Scottish Leaving Certificate Examination, 1959
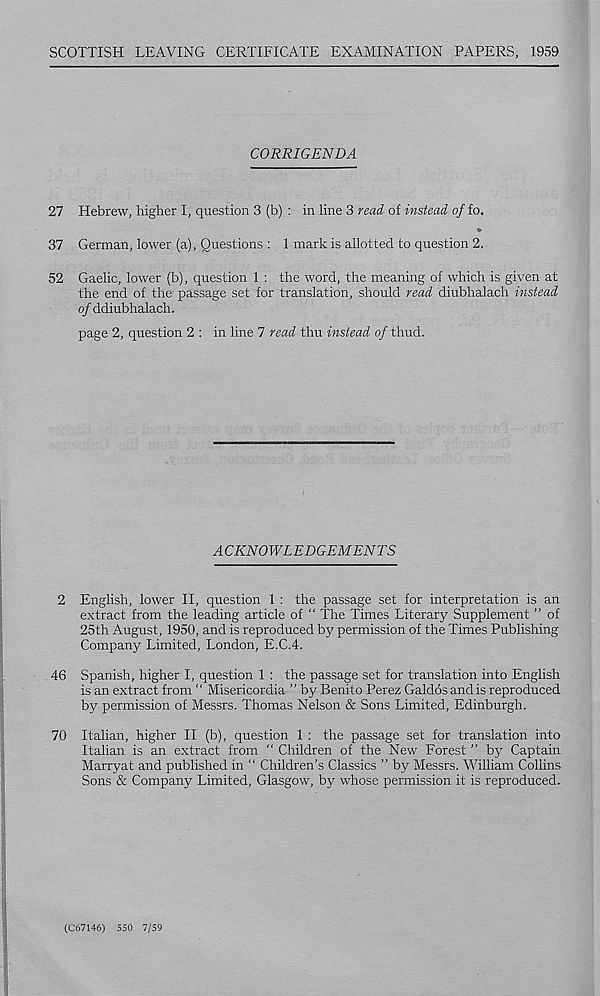
SCOTTISH LEAVING CERTIFICATE EXAMINATION PAPERS, 1959
CORRIGENDA
27 Hebrew, higher I, question 3 (b) : in line 3 read of instead o/fo.
37 German, lower (a), Questions : 1 mark is allotted to question 2.
52 Gaelic, lower (b), question 1 : the word, the meaning of which is given at
the end of the- passage set for translation, should read diubhalach instead
o/ddiubhalach.
page 2, question 2 : in line 7 read thu instead of thud.
ACKNOWLEDGEMENTS
2 English, lower II, question 1 : the passage set for interpretation is an
extract from the leading article of “ The Times Literary Supplement ” of
25th August, 1950, and is reproduced by permission of the Times Publishing
Company Limited, London, E.C.4.
46 Spanish, higher I, question 1 : the passage set for translation into English
is an extract from “ Misericordia ” by Benito Perez Galdos and is reproduced
by permission of Messrs. Thomas Nelson & Sons Limited, Edinburgh.
70 Italian, higher II (b), question 1 : the passage set for translation into
Italian is an extract from “ Children of the New Forest ” by Captain
Marryat and published in “ Children’s Classics ” by Messrs. William Collins
Sons & Company Limited, Glasgow, by whose permission it is reproduced.
(C67146) 550 7/59